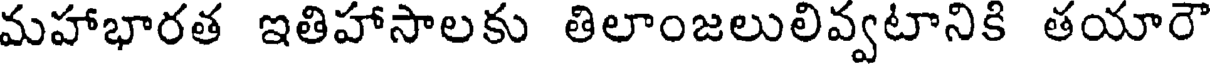
మహాభారత ఇతిహాసాలకు తిలాంజలులివ్వటానికి తయారౌ